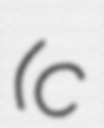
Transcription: (c